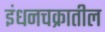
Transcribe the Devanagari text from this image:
इंधनचक्रातील